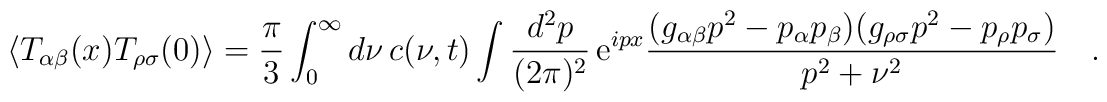
\langle T_{\alpha\beta} (x) T_{\rho\sigma} (0) \rangle ={\pi\over 3}   \int_0^\infty  d \nu \, c(\nu,t) \int {d^2 p\over (2\pi)^2}\,      {\rm  e}^{i p x}{	(  g_{\alpha\beta} p^2 -p_\alpha p_\beta) ( g_{\rho\sigma} p^2 - p_\rho	p_\sigma) \over p^2 + \nu^2}\quad.